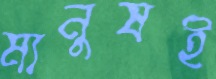
মানুষই